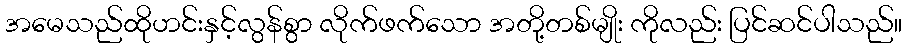
အမေသည်ထိုဟင်းနှင့်လွန်စွာ လိုက်ဖက်သော အတို့တစ်မျိုး ကိုလည်း ပြင်ဆင်ပါသည်။